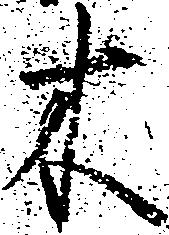
木